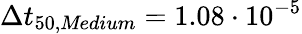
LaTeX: \Delta t_{50,\textit{Medium}}=1.08\cdot 10^{-5}